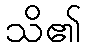
သိ၏